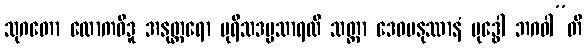
သုဂတော လောကဝိဒူ အနုတ္တရော ပုရိသဒမ္မသာရထိ သတ္ထာ ဒေဝမနုဿာနံ ဗုဒ္ဓေါ ဘဂဝါ”တိ